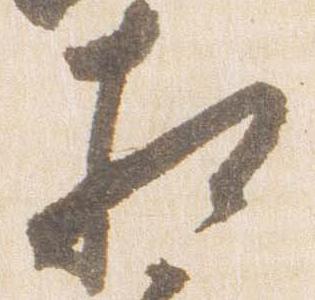
相